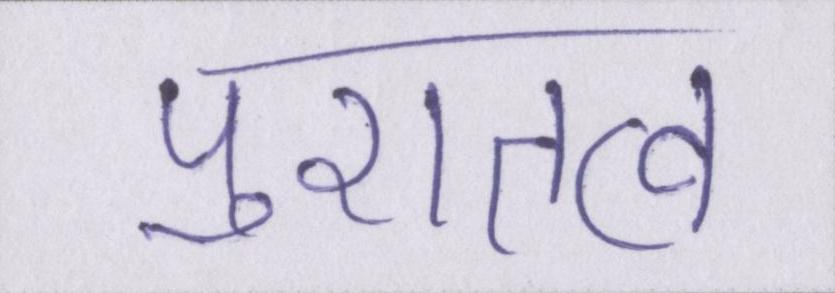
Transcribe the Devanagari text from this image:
पुरातत्व